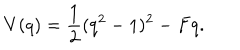
V ( q ) = \frac { 1 } { 2 } ( q ^ { 2 } - 1 ) ^ { 2 } - F q .